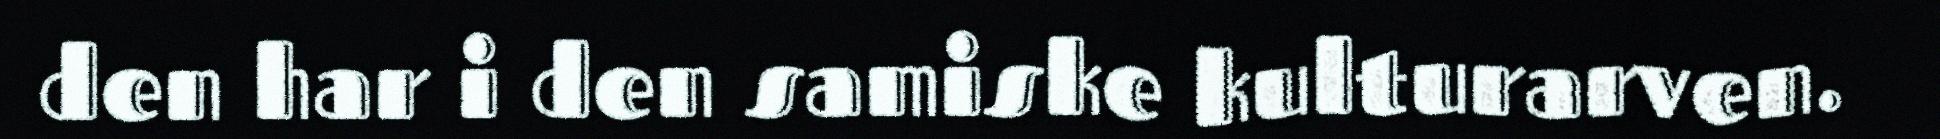
den har i den samiske kulturarven.